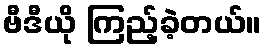
ဗီဒီယို ကြည့်ခဲ့တယ်။